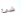
شئ